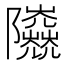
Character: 𨽰